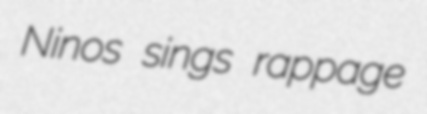
Ninos sings rappage